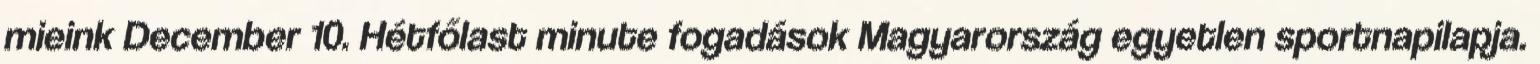
mieink December 10. Hétfőlast minute fogadások Magyarország egyetlen sportnapilapja.